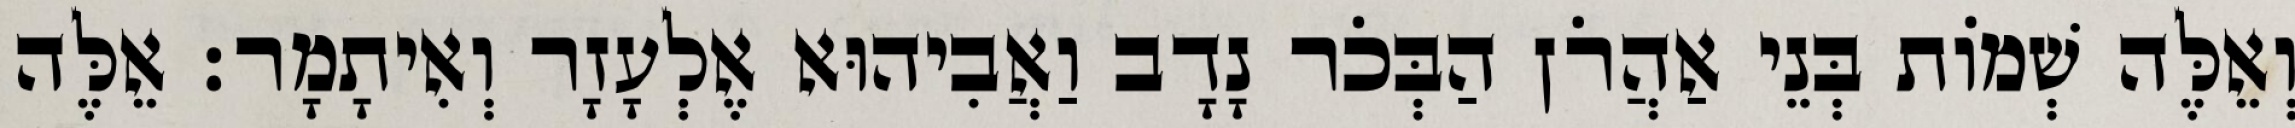
וְאֵלֶּה שְׁמוֹת בְּנֵי אַהֲרֹן הַבְּכֹר נָדָב וַאֲבִיהוּא אֶלְעָזָר וְאִיתָמָר׃ אֵלֶּה